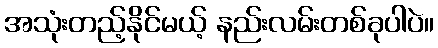
အသုံးတည့်နိုင်မယ့် နည်းလမ်းတစ်ခုပါပဲ။